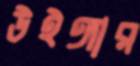
উইঙ্গার